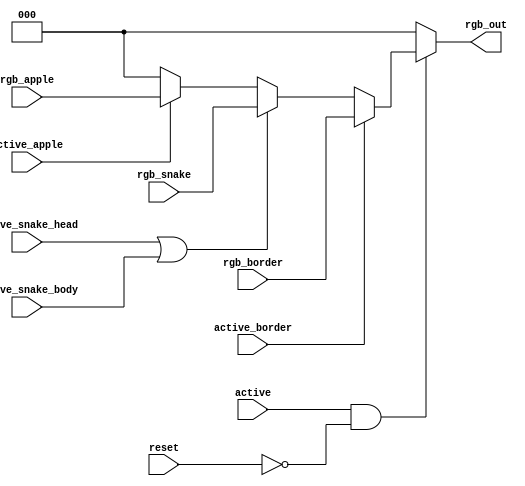
// Copyright 2024 Stefan Hirschbck
// Licensed under the Apache License, Version 2.0 (the "License");
// you may not use this file except in compliance with the License. 
// You may obtain a copy of the License at
// 
// http://www.apache.org/licenses/LICENSE2.0
// 
// Unless required by applicable law or agreed to in writing, software
// distributed under the License is distributed on an "AS IS" BASIS,
// WITHOUT WARRANTIES OR CONDITIONS OF ANY KIND, either express or implied. See the License for the specific language governing permissions and
// limitations under the License.

`default_nettype none

module rgb_select (
    input wire reset,
    input wire active,
    input wire active_border,
    input wire active_apple,
    input wire active_snake_head,
    input wire active_snake_body,
    input wire [2:0] rgb_border,
    input wire [2:0] rgb_apple,
    input wire [2:0] rgb_snake,
    output reg[2:0] rgb_out
);

// select color to display on screen 
// decide priority of color to draw when to objects occupy the same space on the display
// priority: white > green > red
always @(*) begin
    rgb_out = 3'b000;
    if (active && !reset) begin
        if (active_apple) begin
            rgb_out = rgb_apple;
        end
        if (active_snake_head || active_snake_body) begin
            rgb_out = rgb_snake;
        end
        if (active_border) begin
            rgb_out = rgb_border;
        end   
    end 

end

endmodule